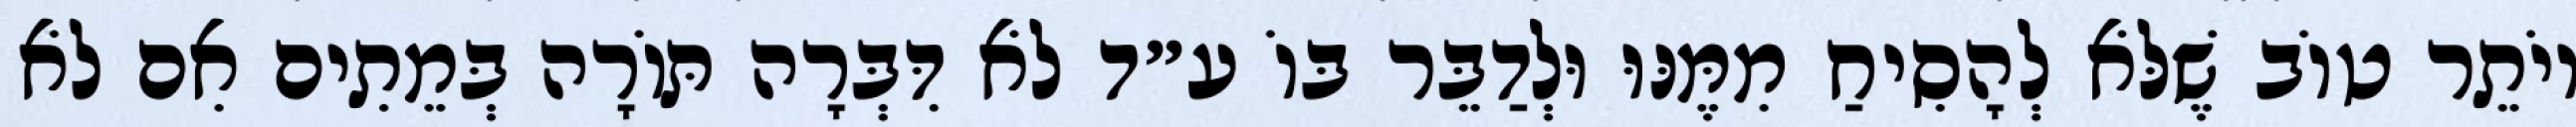
יוֹתֵר טוֹב שֶׁלֹּא לְהָסִיחַ מִמֶּנּוּ וּלְדַבֵּר בּוֹ ע״ד לֹא דִּבְּרָה תּוֹרָה בְּמֵתִים אִם לֹא